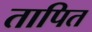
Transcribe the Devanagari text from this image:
तापित